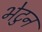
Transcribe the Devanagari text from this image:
भेटुन